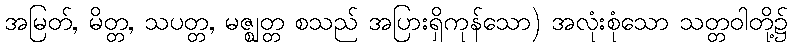
အမြတ်, မိတ္တ, သပတ္တ, မဇ္ဈတ္တ စသည် အပြားရှိကုန်သော) အလုံးစုံသော သတ္တဝါတို့၌